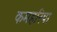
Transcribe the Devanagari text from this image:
कमहरिया